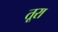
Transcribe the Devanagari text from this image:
तूरा